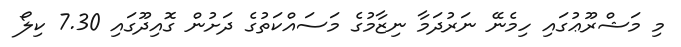
މި މަޝްރޫޢުގައި ހިމެނޭ ނަރުދަމާ ނިޒާމުގެ މަސައްކަތުގެ ދަށުން ގޮއިދޫގައި 7.30 ކިލޯ